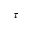
\tau